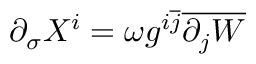
\partial _ { \sigma } X ^ { i } = \omega g ^ { i \overline { { { j } } } } \overline { { { \partial _ { j } W } } }